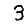
Digit: 3